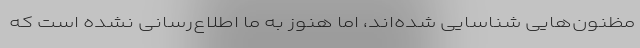
مظنون‌هایی شناسایی شده‌اند، اما هنوز به ما اطلاع‌رسانی نشده است که